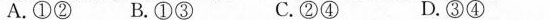
A.①② B.①③ C.②④ D.③④